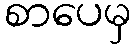
စာပေမှ